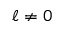
\ell \neq 0